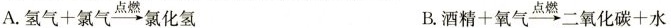
A.$$氢 气 + 氯 气 \xrightarrow{ 点 燃 } 氯 化 氢 $$ B.$$酒 精 + 氧 气 \xrightarrow{ 点 燃 } 二 氧 化 碳 + 水$$